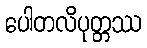
ပေါတလိပုတ္တဿ